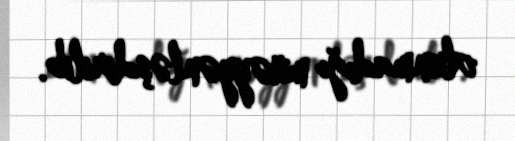
olunmadığı müəyyənləşdirilib.